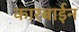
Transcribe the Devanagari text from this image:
कारबाईन